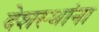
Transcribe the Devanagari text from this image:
देशस्थांना